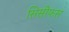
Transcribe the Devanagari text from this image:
सिसीफस